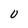
Character: U